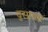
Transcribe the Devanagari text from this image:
दुस्प्रचार